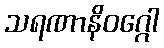
သရဏာနိဝဂ္ဂေါ